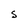
Character: S